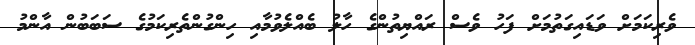
ވެރިކަމަށް ވަޑައިގަތުމަށް ފަހު ވެސް ރައްޔިތުންގެ ހާލު ބެއްލެވުމާއި ހިންގުންތެރިކަމުގެ ސަބަބުން އާންމު